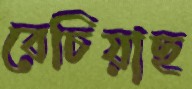
বেচিয়াছ